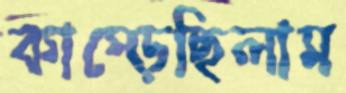
কাম্‌ড়েছিলাম